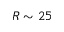
R \sim 2 5